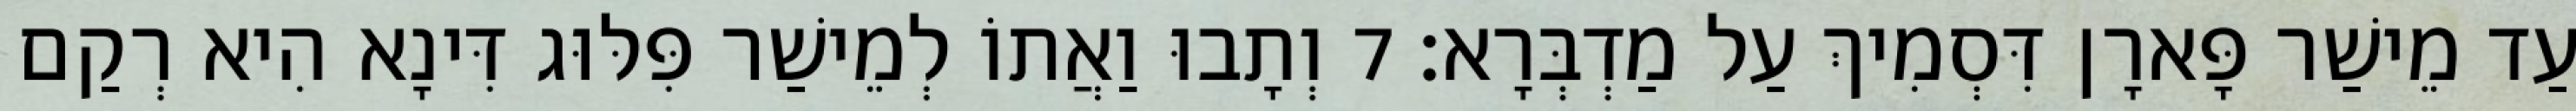
עַד מֵישַׁר פָּארָן דִּסְמִיךְ עַל מַדְבְּרָא׃ 7 וְתָבוּ וַאֲתוֹ לְמֵישַׁר פִּלּוּג דִּינָא הִיא רְקַם